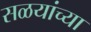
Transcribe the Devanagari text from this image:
सळयांच्या